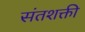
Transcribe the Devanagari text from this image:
संतशक्ती